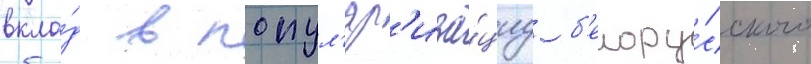
вкла́д в попул'яр'иза́циу б'елору́сского